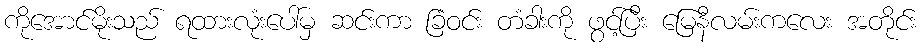
ကိုအောင်မိုးသည် ရထားလုံးပေါ်မှ ဆင်းကာ ခြံဝင်း တံခါးကို ဖွင့်ပြီး မြေနီလမ်းကလေး အတိုင်း